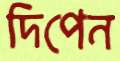
দিপেন